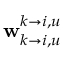
\mathbf { w } _ { k \rightarrow i , u } ^ { k \rightarrow i , u }